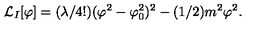
{ \cal L } _ { I } [ \varphi ] = ( \lambda / 4 ! ) ( \varphi ^ { 2 } - \varphi _ { 0 } ^ { 2 } ) ^ { 2 } - ( 1 / 2 ) m ^ { 2 } \varphi ^ { 2 } .